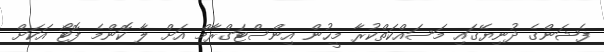
ފެޝަންގެ ދުނިޔޭގައި މަސައްކަތްކުރާ މީހުން އިންސްޓަގްރާމް އަށް ލާ ކޮންމެ ފޮޓޯ އަކަށް